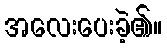
အလေးပေးခဲ့၏။